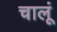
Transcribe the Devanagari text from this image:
चालूं